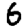
Digit: 6